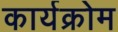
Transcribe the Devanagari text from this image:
कार्यक्रोम